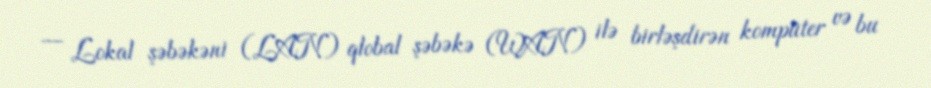
— Lokal şəbəkəni (LAN) qlobal şəbəkə (WAN) ilə birləşdirən kompüter və bu